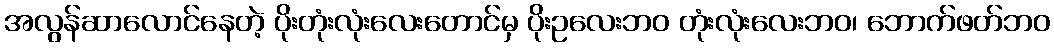
အလွန်ဆာလောင်နေတဲ့ ပိုးတုံးလုံးလေးတောင်မှ ပိုးဥလေးဘဝ တုံးလုံးလေးဘဝ၊ ဘောက်ဖတ်ဘဝ